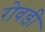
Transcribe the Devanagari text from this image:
रोवड़ी